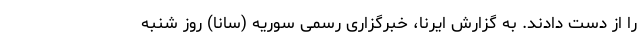
را از دست دادند. به گزارش ایرنا، خبرگزاری رسمی سوریه (سانا) روز شنبه